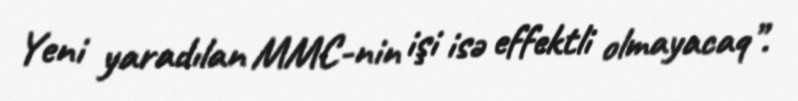
Yeni yaradılan MMC-nin işi isə effektli olmayacaq”.